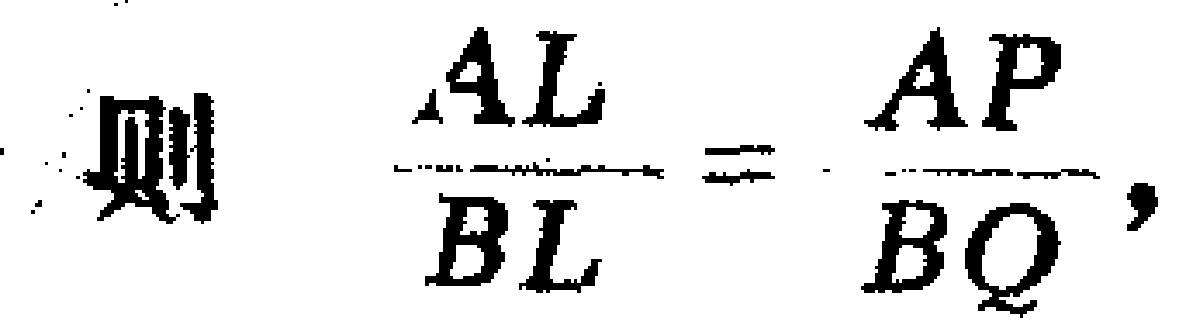
则 $\frac{AL}{BL}=\frac{AP}{BQ}$，